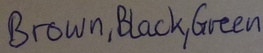
Text: Brown,Black,Green